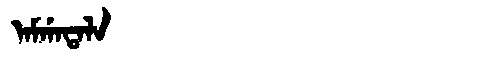
Manchu: ᠠᠮᡤᠠᡨᠠᠯᠠ
Romanization: AMGATALA